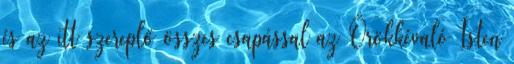
és az itt szereplő összes csapással az Örökkévaló Isten